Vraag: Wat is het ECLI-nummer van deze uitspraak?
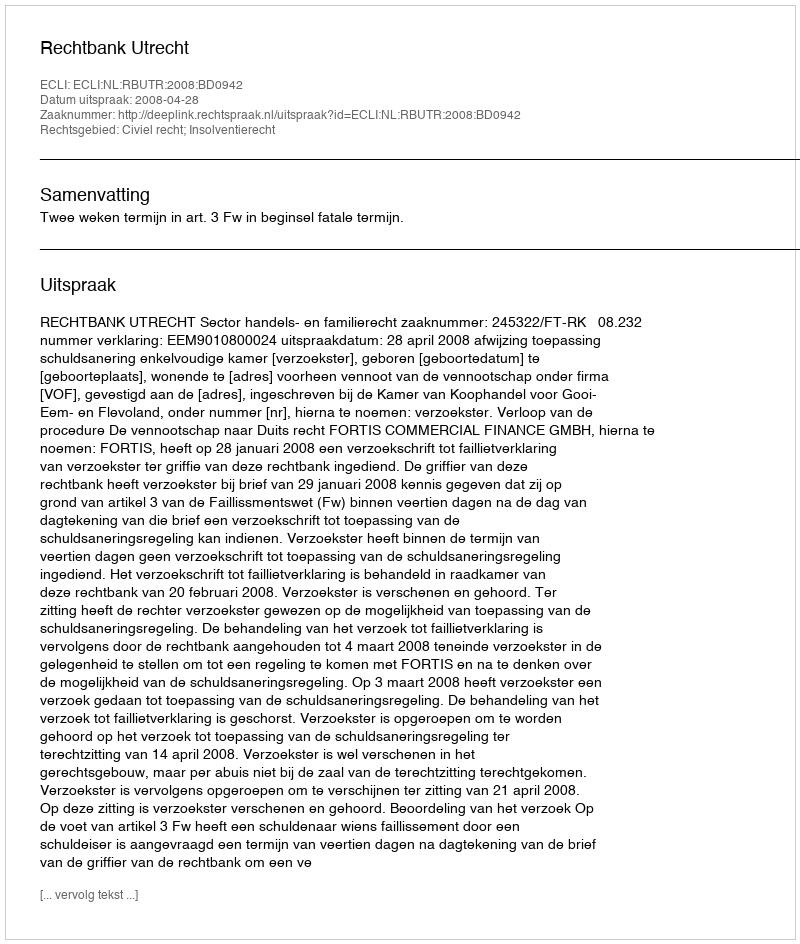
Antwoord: ECLI:NL:RBUTR:2008:BD0942